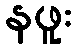
နဖူး